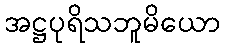
အဋ္ဌပုရိသဘူမိယော